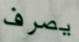
يصرف